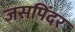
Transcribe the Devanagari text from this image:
जसपिंदर